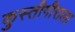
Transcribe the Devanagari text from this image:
कुस्तीगीराला